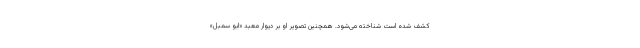
کشف شده است شناخته می‌شود. همچنین تصویر او بر دیوار معبد «ابو سمبل»